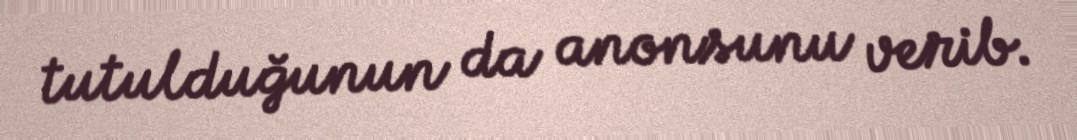
tutulduğunun da anonsunu verib.